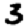
Digit: 3